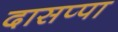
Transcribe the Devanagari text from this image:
दासप्पा